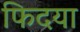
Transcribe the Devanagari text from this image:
फिदया